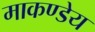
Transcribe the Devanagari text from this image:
माकण्डेय